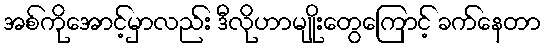
အစ်ကိုအောင့်မှာလည်း ဒီလိုဟာမျိုးတွေကြောင့် ခက်နေတာ